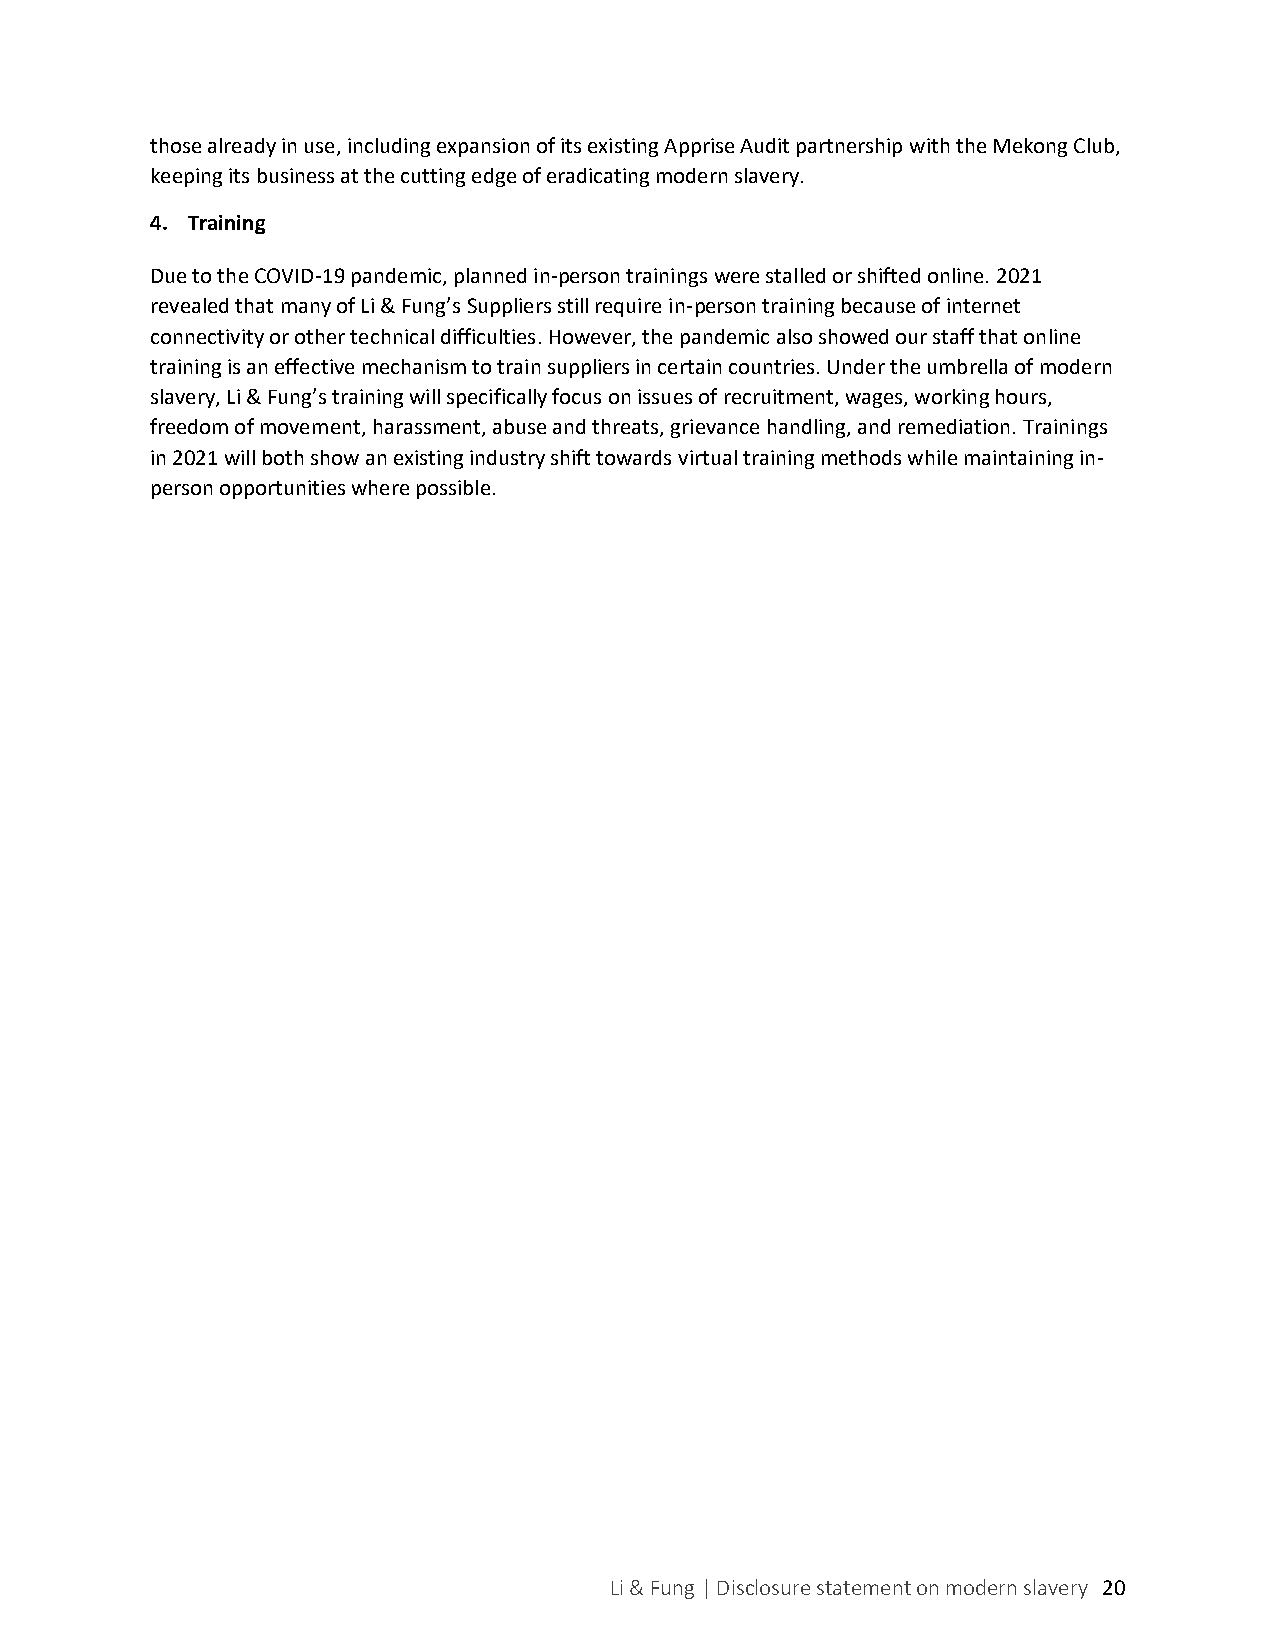
those already in use, including expansion of its existing Apprise Audit partnership with the Mekong Club,
 keeping its business at the cutting edge of eradicating modern slavery.
 4. Training
 Due to the COVID-19 pandemic, planned in-person trainings were stalled or shifted online. 2021
 revealed that many of Li & Fung’s Suppliers still require in-person training because of internet
 connectivity or other technical difficulties. However, the pandemic also showed our staff that online
 training is an effective mechanism to train suppliers in certain countries. Under the umbrella of modern
 slavery, Li & Fung’s training will specifically focus on issues of recruitment, wages, working hours,
 freedom of movement, harassment, abuse and threats, grievance handling, and remediation. Trainings
 in 2021 will both show an existing industry shift towards virtual training methods while maintaining in-
 person opportunities where possible.
 Li & Fung | Disclosure statement on modern slavery 2 0